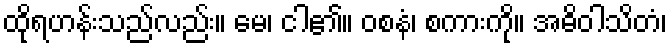
ထိုရဟန်းသည်လည်း။ မေ၊ ငါ၏။ ဝစနံ၊ စကားကို။ အဓိဝါသိတံ၊